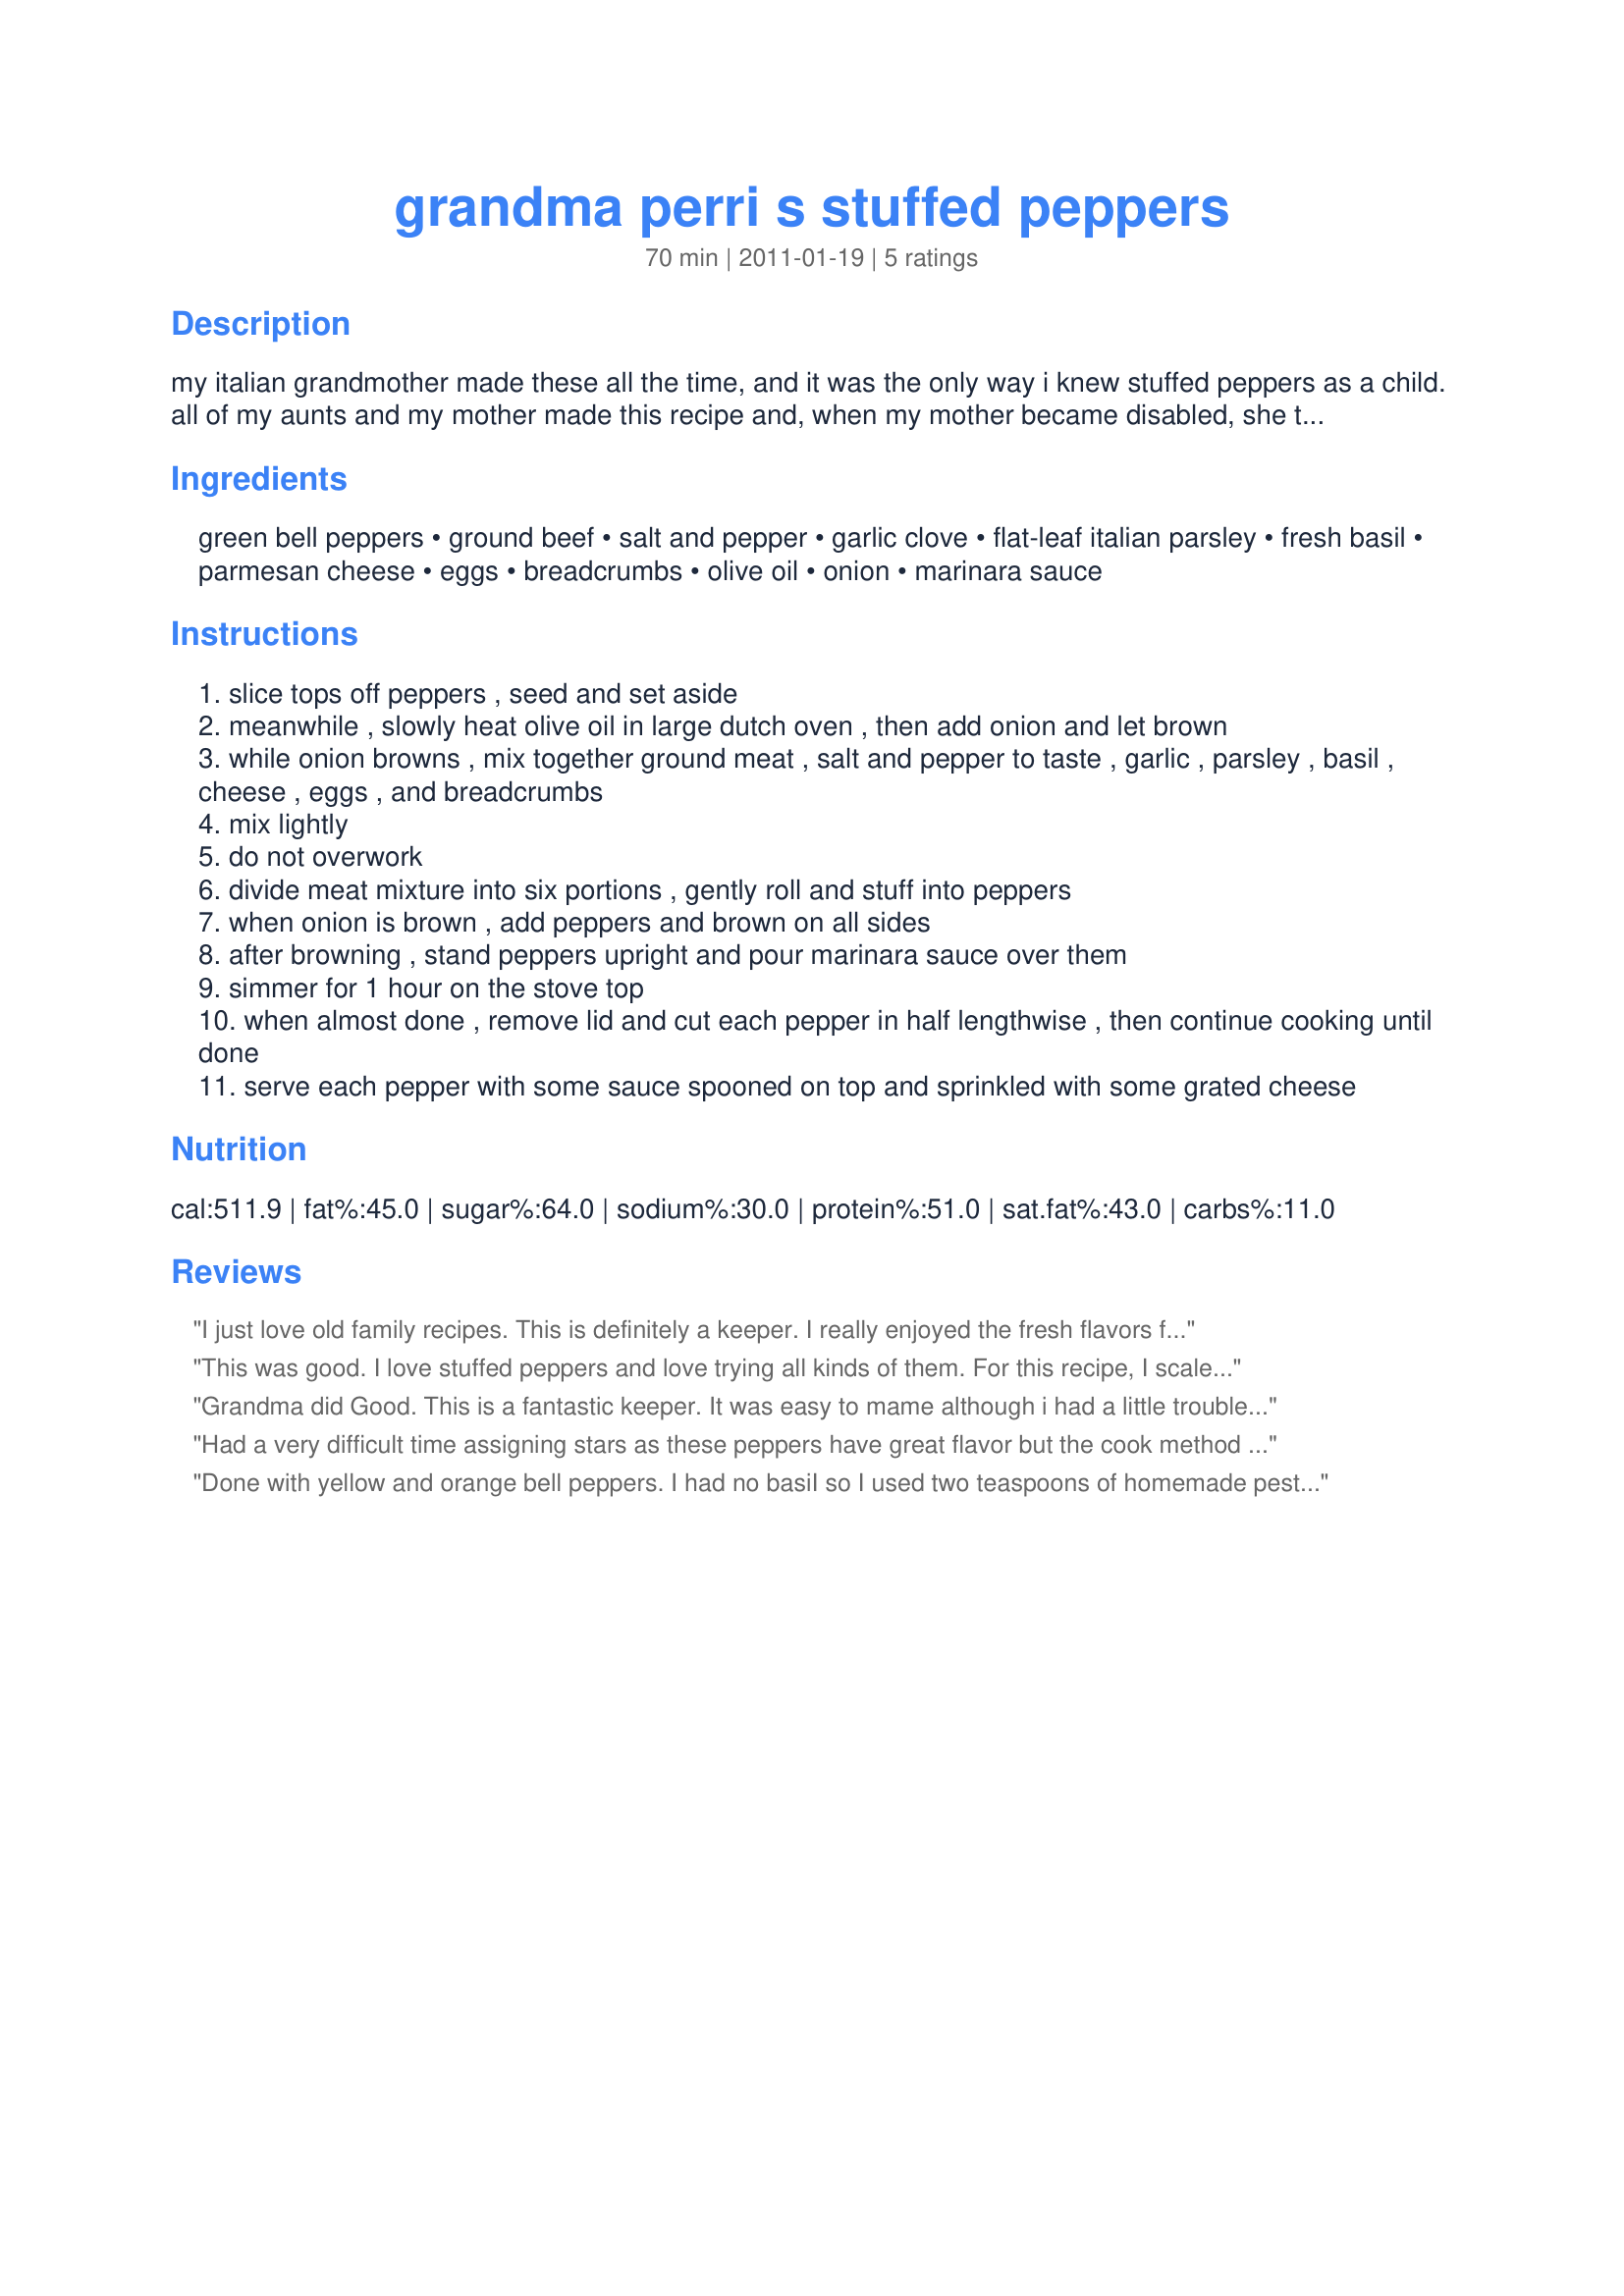
grandma perri s stuffed peppers
Preparation time: 70 minutes

my italian grandmother made these all the time, and it was the only way i knew stuffed peppers as a child. all of my aunts and my mother made this recipe and, when my mother became disabled, she taught my father how to make them! over the years, i was introduced to traditional stuffed peppers with rice and broke with family tradition. however, i find that lately i am craving the peppers of my youth, so i consulted with my aunt and my father's written recipe to recreate this comfort food. although ground beef is my grandmother's original ingredient, my mother did convert to ground turkey, which works just as well. i have made these twice now in the past week, and they are just as i remember them! they are very nice served over spaghetti or rice.

Ingredients:
green bell peppers, ground beef, salt and pepper, garlic clove, flat-leaf italian parsley, fresh basil, parmesan cheese, eggs, breadcrumbs, olive oil, onion, marinara sauce

Steps:
slice tops off peppers , seed and set aside
meanwhile , slowly heat olive oil in large dutch oven , then add onion and let brown
while onion browns , mix together ground meat , salt and pepper to taste , garlic , parsley , basil , cheese , eggs , and breadcrumbs
mix lightly
do not overwork
divide meat mixture into six portions , gently roll and stuff into peppers
when onion is brown , add peppers and brown on all sides
after browning , stand peppers upright and pour marinara sauce over them
simmer for 1 hour on the stove top
when almost done , remove lid and cut each pepper in half lengthwise , then continue cooking until done
serve each pepper with some sauce spooned on top and sprinkled with some grated cheese

Reviews:
I just love old family recipes. This is definitely a keeper. I really enjoyed the fresh flavors from the basil and parsley. I made as written and didn't encounter any problems. I decided to cut the peppers in half while they were still in the pot, then turned them on their sides. It worked great. Gratzie! Made for the Golden Gourmets while on the ZWT7.
This was good. I love stuffed peppers and love trying all kinds of them. For this recipe, I scaled it down to be for 2 peppers and with the bit of extra filling that didn't fit into the peppers, I made some meatballs for my 1 year old that I simmered in some spaghetti sauce. Only thing I did differently was to not use parsley (the stuff at the store was wilted and gross looking) and I also added the chopped up pepper tops and some chopped mushrooms. We really liked it and I wish I had made the full recipe and frozen the extra peppers. Thanks for sharing the recipe.
Grandma did Good. This is a fantastic keeper. It was easy to mame although i had a little trouble understanding the how to of the recipe. I used red pepper and a homemaid marinara sauce. The flavors blended together . I used ground chuck and fresh basil and parsley. You need to try this, your family will be glad you did.
Had a very difficult time assigning stars as these peppers have great flavor but the cook method not did not work out well. Read the recipe multiple times because I could not believe it said cook and then cut in half, but as I try to stay true to a recipe I did it that way which ruined the presentation. If making again will cut in half and then cook or leave whole. The other change I would make to only do cut peppers on the stove top if doing whole peppers will go bake to using the oven. Did make as written. Thanks for the post.
Done with yellow and orange bell peppers. I had no basiI so I used two teaspoons of homemade pesto instead. Delicious, fantastic and tasty! This will be made again!<br/>Served with noodles and oven cauliflower (Recipe #277886).
